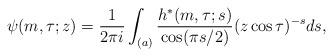
LaTeX: \begin{align*}\psi(m,\tau;z)=\frac{1}{2\pi i}\int_{(a)}\frac{h^{*}(m,\tau;s)}{\cos(\pi s/2)}(z\cos\tau)^{-s}ds,\end{align*}